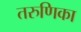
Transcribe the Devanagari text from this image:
तरुणिका